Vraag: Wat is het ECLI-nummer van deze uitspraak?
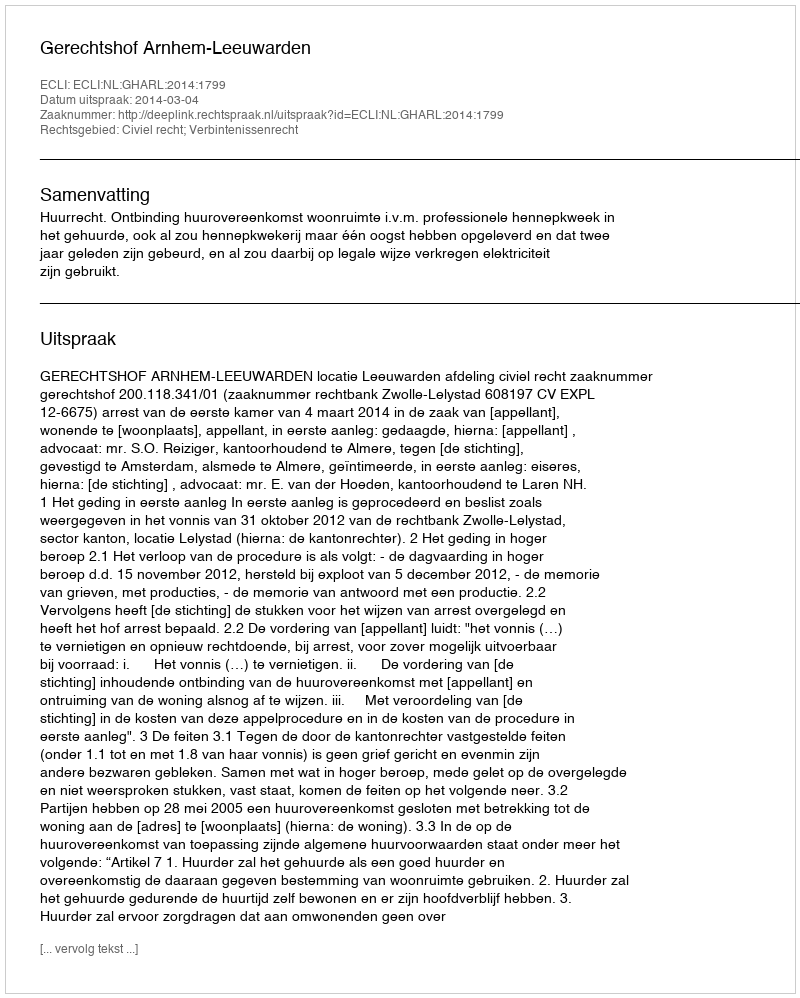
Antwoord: ECLI:NL:GHARL:2014:1799